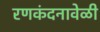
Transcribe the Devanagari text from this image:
रणकंदनावेळी